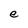
Character: e